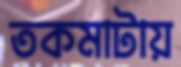
তকমাটায়